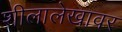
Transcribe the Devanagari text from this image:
शीलालेखावर